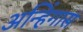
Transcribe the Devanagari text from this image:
अन्हिंगास